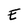
Character: E